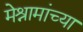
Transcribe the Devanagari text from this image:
मेश्रामांच्या